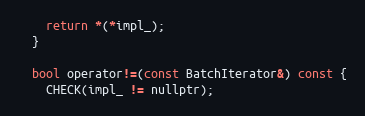
Language: C
    return *(*impl_);
  }

  bool operator!=(const BatchIterator&) const {
    CHECK(impl_ != nullptr);